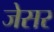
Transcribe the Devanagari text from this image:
जेसर